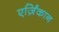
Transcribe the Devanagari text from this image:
एर्ज़िंकान